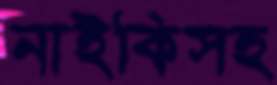
নাইকিসহ